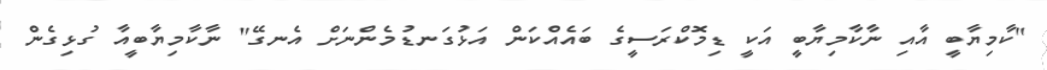
"ކާމިޔާބީ އާއި ނާކާމިޔާބީ އަކީ ޑިމޮކްރަސީގެ ބައެއްކަން އަޅުގަނޑުމެންނަށް އެނގޭ" ނާކާމިޔާބީއާ ގުޅިގެން